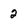
Character: 2